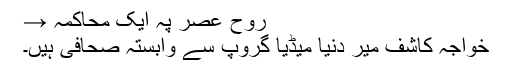
روحِ عصر پہ ایک محاکمہ →
خواجہ کاشف میر دنیا میڈیا گروپ سے وابستہ صحافی ہیں۔